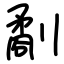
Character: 劀